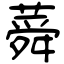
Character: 蕣